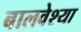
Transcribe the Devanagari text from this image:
बालवेश्या